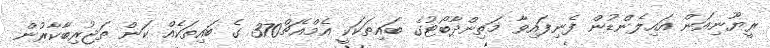
ރީޔޫނިއަން އައިލެންޑުން ފެނިފައިވާ މަތިންދާބޯޓުގެ ބައިތަކަކީ އެމްއެޗް370 ގެ ބައިތަކެއް ކަން ތަޖުރިބާކާރުން